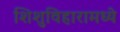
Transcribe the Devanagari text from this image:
शिशुविहारामध्ये